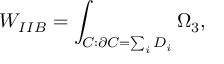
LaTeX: W _ { I I B } = \int _ { C : \partial C = \sum _ { i } D _ { i } } \Omega _ { 3 } ,